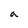
Character: a